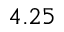
4 . 2 5